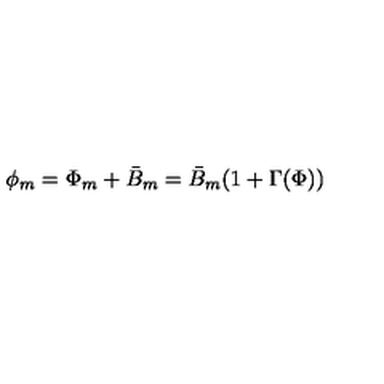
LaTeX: \phi _ { m } = \Phi _ { m } + \bar { B } _ { m } = \bar { B } _ { m } ( 1 + \Gamma ( \Phi ) )